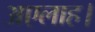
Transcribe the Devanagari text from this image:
अएलाह।